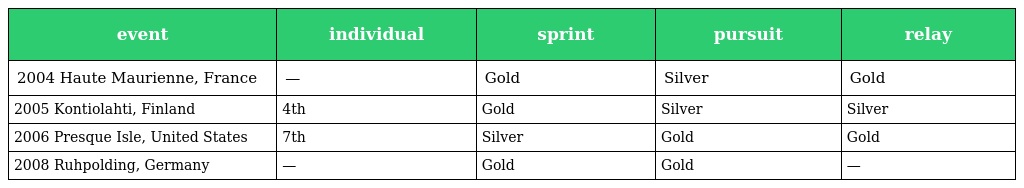
| event | individual | sprint | pursuit | relay |
 | --- | --- | --- | --- | --- |
 | 2004 Haute Maurienne, France | — | Gold | Silver | Gold |
 | 2005 Kontiolahti, Finland | 4th | Gold | Silver | Silver |
 | 2006 Presque Isle, United States | 7th | Silver | Gold | Gold |
 | 2008 Ruhpolding, Germany | — | Gold | Gold | — |